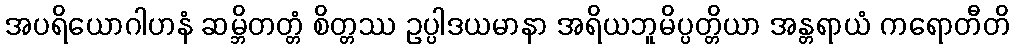
အပရိယောဂါဟနံ ဆမ္ဘိတတ္တံ စိတ္တဿ ဥပ္ပါဒယမာနာ အရိယဘူမိပ္ပတ္တိယာ အန္တရာယံ ကရောတီတိ